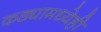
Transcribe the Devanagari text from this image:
कड्यामध्येही